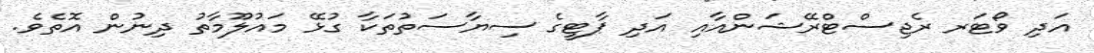
އަދި ވޯޓަރ ރެޖިސްޓްރޭޝަންއާއި އަދި ޕާޓީގެ ސިޔާސަތުތަކާ ގުޅޭ މައުލޫމާތު ދިނުން އޮތެވެ.